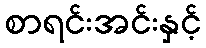
စာရင်းအင်းနှင့်